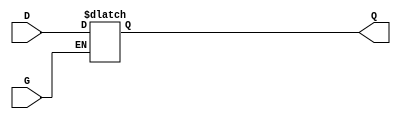
module gated_latch (
    input wire D,     // Data input
    input wire G,     // Gate control signal
    output reg Q      // Output
);

    always @(*) begin
        // Check the state of the gate control signal
        if (G) begin
            // If G is high, the output follows the data input D
            Q = D;
        end
        // If G is low, Q retains its previous value (hold state)
    end

endmodule